Civil Veterinary Department Bihar & Orissa reports 1911-21 - 1911-1921
Year: 1911
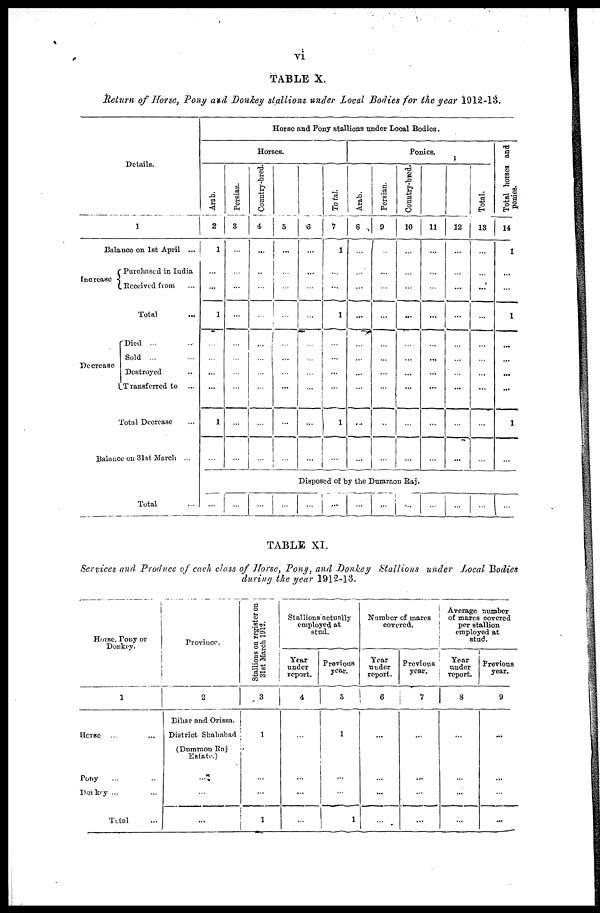
vi
TABLE X.
Return of Horse, Pony and Donkey stallions under Local Bodies for the year 1912-13.
Details.
1
Balance on 1st April ...
Increase
Purchased in India
Received from ...
Total ...
Decrease
Died ...
Sold ...
Destroyed
Transferred to ...
Total Decrease
Balance on 31st March ...
Total ...
Horse and Pony stallions under Local Bodies.
Horses.
Arab.
2
1
...
...
1
...
...
...
...
1
...
Persian.
3
...
...
...
...
...
...
...
...
...
Country-bred.
4
...
...
...
...
...
...
...
...
...
...
5
...
...
...
...
...
...
...
...
...
...
6
...
...
...
...
...
...
...
...
...
...
Total
7
1
...
...
1
...
...
...
...
...
...
Ponies.
Arab.
8
...
...
...
...
...
...
...
...
...
...
Persian.
9
...
...
...
...
...
...
...
...
...
...
Country-bred.
10
...
...
...
...
...
...
...
...
...
...
11
...
...
...
...
...
...
...
...
...
...
12
...
...
...
...
...
...
...
...
...
...
Total.
13
...
...
...
...
...
...
...
...
...
...
Total horses and
ponies.
14
1
...
...
1
...
...
...
...
1
...
Disposed of by the Dumraon Raj.
... ... ...
... ...
...
... ...
... ...
... ...
...
TABLE XI.
Services and Produce of each class of Horse, Pony, and Donkey Stallions under Local Bodies
during the year 1912-13.
Horse, Pony or
Donkey.
1
Horse
... ...
Pony ... ...
Donkey ... ...
Total ...
Province.
2
Bihar and Orissa.
District Shahabad
(Dumraon Raj
Estate)
...
...
...
Stallions on register on
31st March 1912.
3
1
...
...
1
Stallions actually
employed at
stud.
Year
under
report.
4
...
...
...
...
Previous
year.
5
1
...
...
1
Number of marcs
covered.
Year
under
report.
6
...
...
...
...
Previous
year.
7
...
...
...
...
Average number
of marcs covered
per stallion
employed at
stud.
Year
under
report.
8
...
...
...
...
Previous
year.
9
...
...
...
...